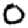
Digit: 0